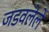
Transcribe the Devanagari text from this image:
जडवलेले